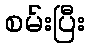
စမ်းပြီး